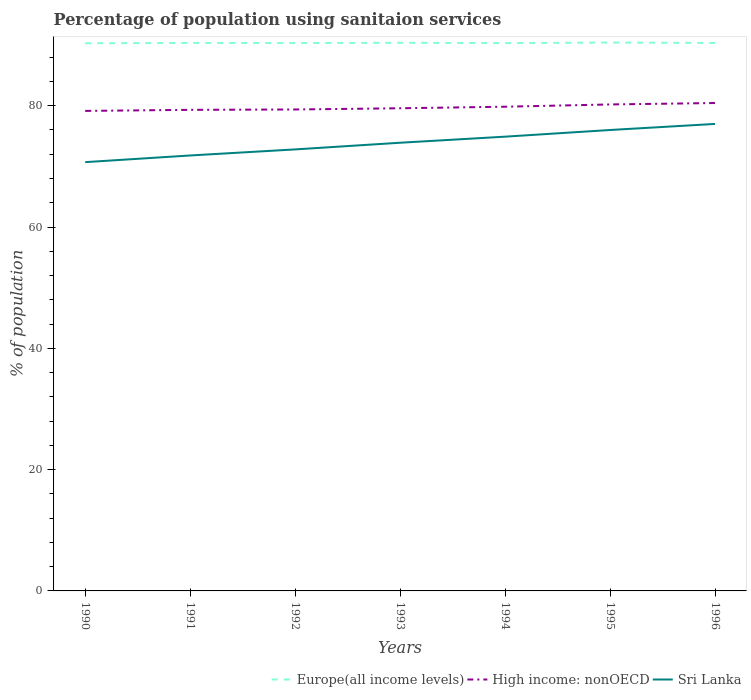
| Years | Europe(all income levels) | High income: nonOECD | Sri Lanka |
 | --- | --- | --- | --- |
 | 1990 | 90.3 | 79.1 | 70.7 |
 | 1991 | 90.4 | 79.3 | 71.8 |
 | 1992 | 90.3 | 79.4 | 72.8 |
 | 1993 | 90.4 | 79.6 | 73.9 |
 | 1994 | 90.3 | 79.8 | 74.9 |
 | 1995 | 90.4 | 80.2 | 76 |
 | 1996 | 90.3 | 80.4 | 77 |